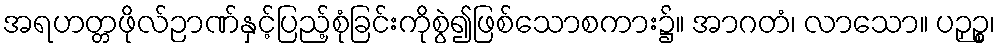
အရဟတ္တဖိုလ်ဉာဏ်နှင့်ပြည့်စုံခြင်းကိုစွဲ၍ဖြစ်သောစကား၌။ အာဂတံ၊ လာသော။ ပဉှဉ္စ၊